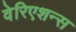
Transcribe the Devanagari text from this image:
वेरिएशन्स